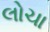
લોચા